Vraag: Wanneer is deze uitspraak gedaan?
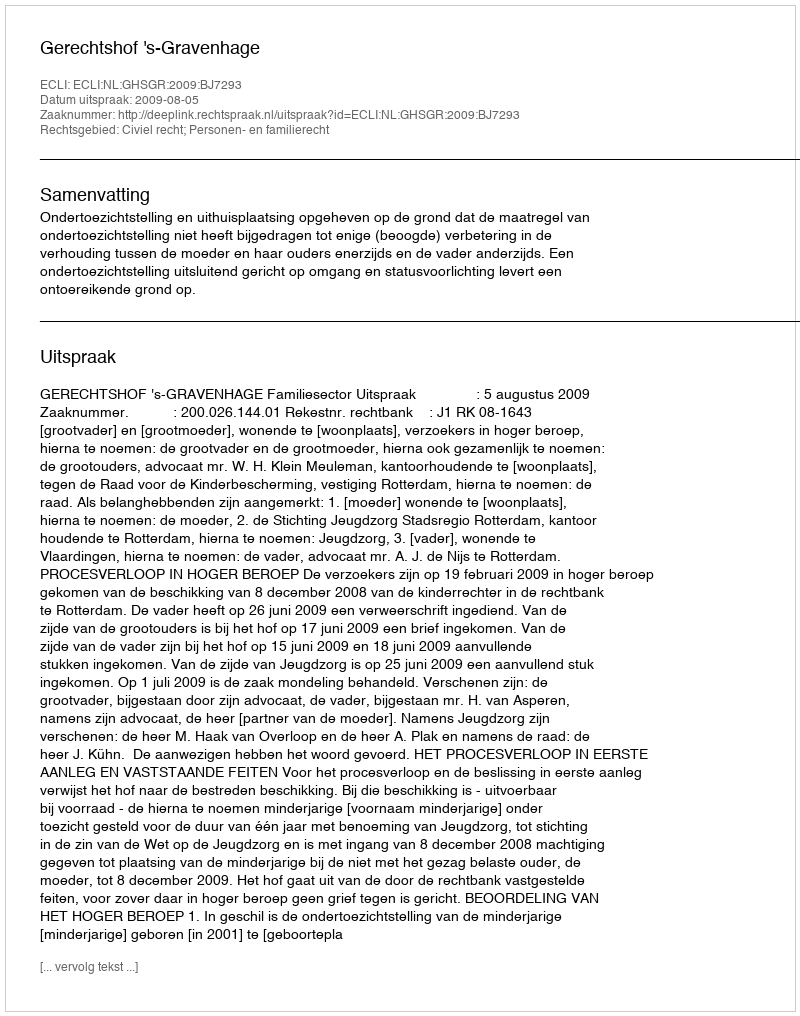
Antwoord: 2009-08-05